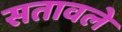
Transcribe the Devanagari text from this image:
सतावले